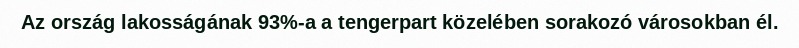
Az ország lakosságának 93%-a a tengerpart közelében sorakozó városokban él.